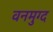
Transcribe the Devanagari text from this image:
वनमुग्द